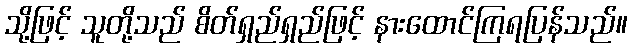
သို့ဖြင့် သူတို့သည် စိတ်ရှည်ရှည်ဖြင့် နားထောင်ကြရပြန်သည်။